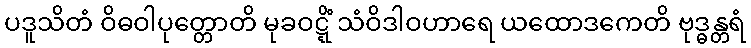
ပဒူသိတံ ဝိဓဝါပုတ္တောတိ မုခဝဋ္ဋိံ သံဝိဒါဝဟာရေ ယထောဒကေတိ ဗုဒ္ဓန္တရံ